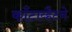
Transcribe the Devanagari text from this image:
काँटाव्हैटने